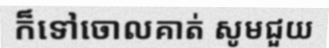
ក៏ទៅចោលគាត់ សូមជួយ